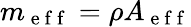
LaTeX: m_{\mathrm{~e~f~f~}}=\rho A_{\mathrm{~e~f~f~}}